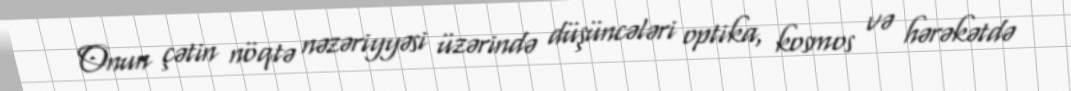
Onun çətin nöqtə nəzəriyyəsi üzərində düşüncələri optika, kosmos və hərəkətdə